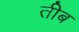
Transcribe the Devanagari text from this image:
तीब